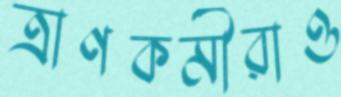
ত্রাণকর্মীরাও